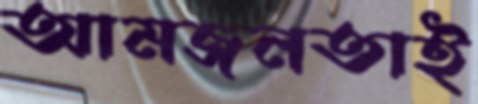
আমজনতাই